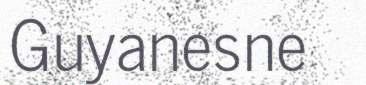
Guyanesne